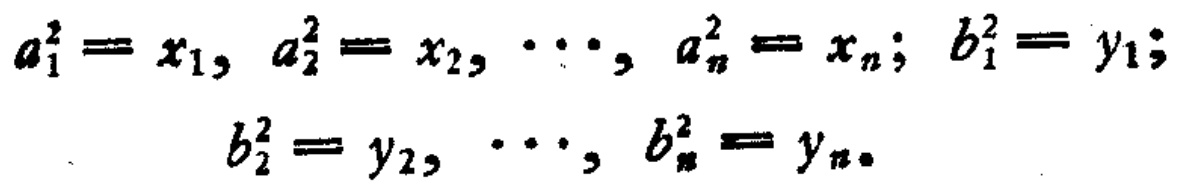
\[

\begin{align*}

a_{1}^{2}&=x_{1},a_{2}^{2}=x_{2},\cdots,a_{n}^{2}=x_{n};b_{1}^{2}=y_{1};\\

b_{2}^{2}&=y_{2},\cdots,b_{n}^{2}=y_{n}.

\end{align*}

\]